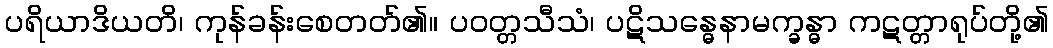
ပရိယာဒိယတိ၊ ကုန်ခန်းစေတတ်၏။ ပဝတ္တသီသံ၊ ပဋိသန္ဓေနာမက္ခန္ဓာ ကဋတ္တာရုပ်တို့၏